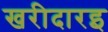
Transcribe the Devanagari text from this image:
खरीदारइ